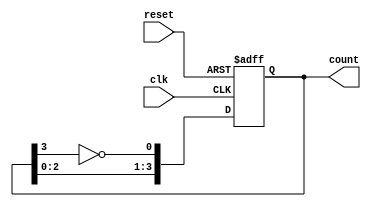
module JohnsonCounter (
    input clk,              // Clock input
    input reset,            // Asynchronous reset
    output reg [N-1:0] count // Counter output
);
    parameter N = 4; // Set the number of flip-flops (adjust as needed)

    always @(posedge clk or posedge reset) begin
        if (reset) begin
            // Reset all flip-flops to 0
            count <= 0;
        end else begin
            // Johnson counter logic
            count <= {count[N-2:0], ~count[N-1]};
        end
    end
endmodule